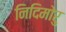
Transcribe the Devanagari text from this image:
निदिमोरु